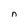
Character: n